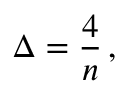
\Delta = { \frac { 4 } { n } } \, ,